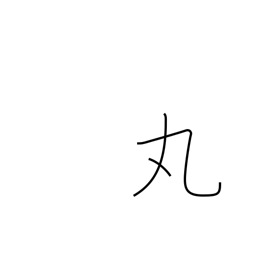
Meaning: make round